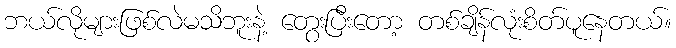
ဘယ်လိုများဖြစ်လဲမသိဘူးနဲ့ တွေးပြီးတော့ တစ်ချိန်လုံးစိတ်ပူနေတယ်။